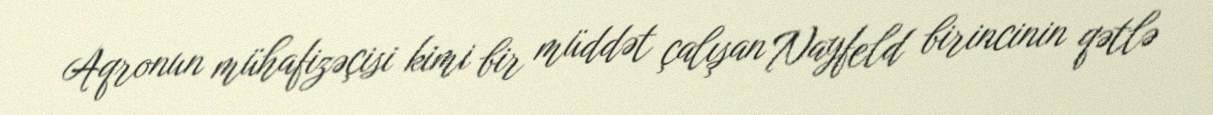
Aqronun mühafizəçisi kimi bir müddət çalışan Nayfeld birincinin qətlə